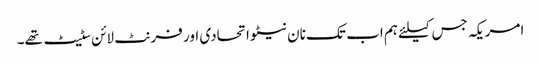
امریکہ جس کیلئے ہم اب تک نان نیٹو اتحادی اور فرنٹ لائن سٹیٹ تھے۔